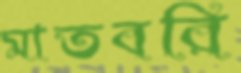
মাতবরি